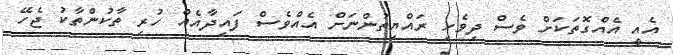
އެއީ އެއްގޮތަކަށް ވެސް ދިވެހި ރައްޔިތުންނަށް އެއްވެސް ފައިދާއެއް ހުރި ތާކުންތާކު ޖެހޭ